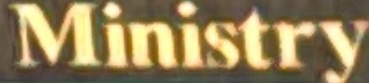
Ministry